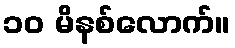
၁၀ မိနစ်လောက်။